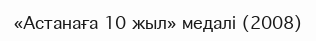
«Астанаға 10 жыл» медалі (2008)